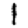
Digit: 1